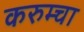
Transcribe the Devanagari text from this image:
करुम्चा